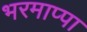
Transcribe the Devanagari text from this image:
भरमाप्पा